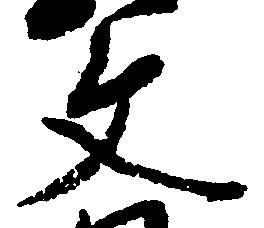
文